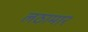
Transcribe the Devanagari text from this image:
लठामार